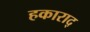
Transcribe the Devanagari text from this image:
हकाराद्